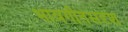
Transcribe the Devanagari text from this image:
भावगीतसदृश